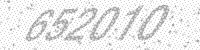
Solution: 652010